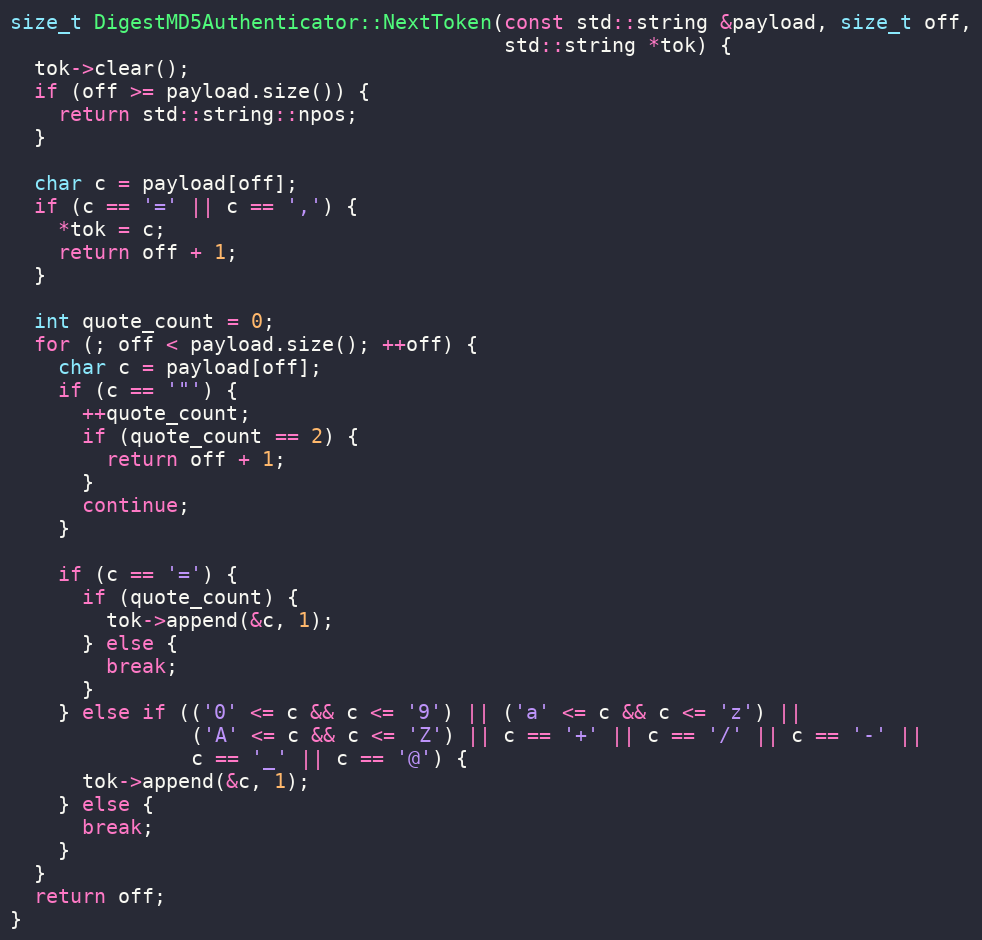
Language: C++
size_t DigestMD5Authenticator::NextToken(const std::string &payload, size_t off,
                                         std::string *tok) {
  tok->clear();
  if (off >= payload.size()) {
    return std::string::npos;
  }

  char c = payload[off];
  if (c == '=' || c == ',') {
    *tok = c;
    return off + 1;
  }

  int quote_count = 0;
  for (; off < payload.size(); ++off) {
    char c = payload[off];
    if (c == '"') {
      ++quote_count;
      if (quote_count == 2) {
        return off + 1;
      }
      continue;
    }

    if (c == '=') {
      if (quote_count) {
        tok->append(&c, 1);
      } else {
        break;
      }
    } else if (('0' <= c && c <= '9') || ('a' <= c && c <= 'z') ||
               ('A' <= c && c <= 'Z') || c == '+' || c == '/' || c == '-' ||
               c == '_' || c == '@') {
      tok->append(&c, 1);
    } else {
      break;
    }
  }
  return off;
}